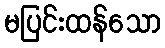
မပြင်းထန်သော